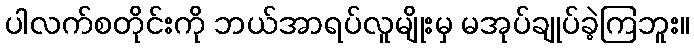
ပါလက်စတိုင်းကို ဘယ်အာရပ်လူမျိုးမှ မအုပ်ချုပ်ခဲ့ကြဘူး။